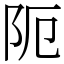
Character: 阨